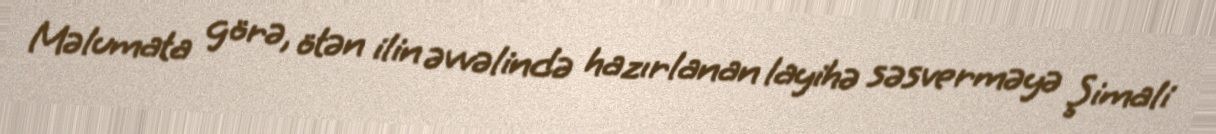
Məlumata görə, ötən ilin əvvəlində hazırlanan layihə səsverməyə Şimali